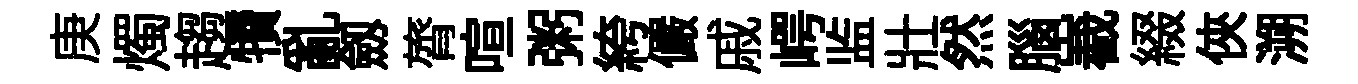
庚燭趨犢亂劔膂喧粥絝儼戚崿监壯然腦嶻綴俠溯